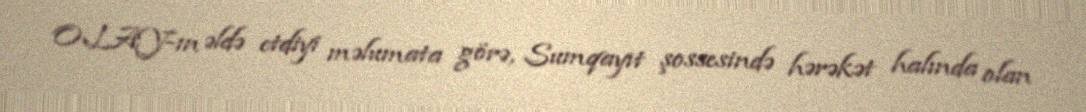
OLAY-ın əldə etdiyi məlumata görə, Sumqayıt şossesində hərəkət halında olan